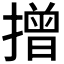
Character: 𢴣